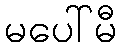
မပေါ်မီ